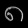
Digit: ၈